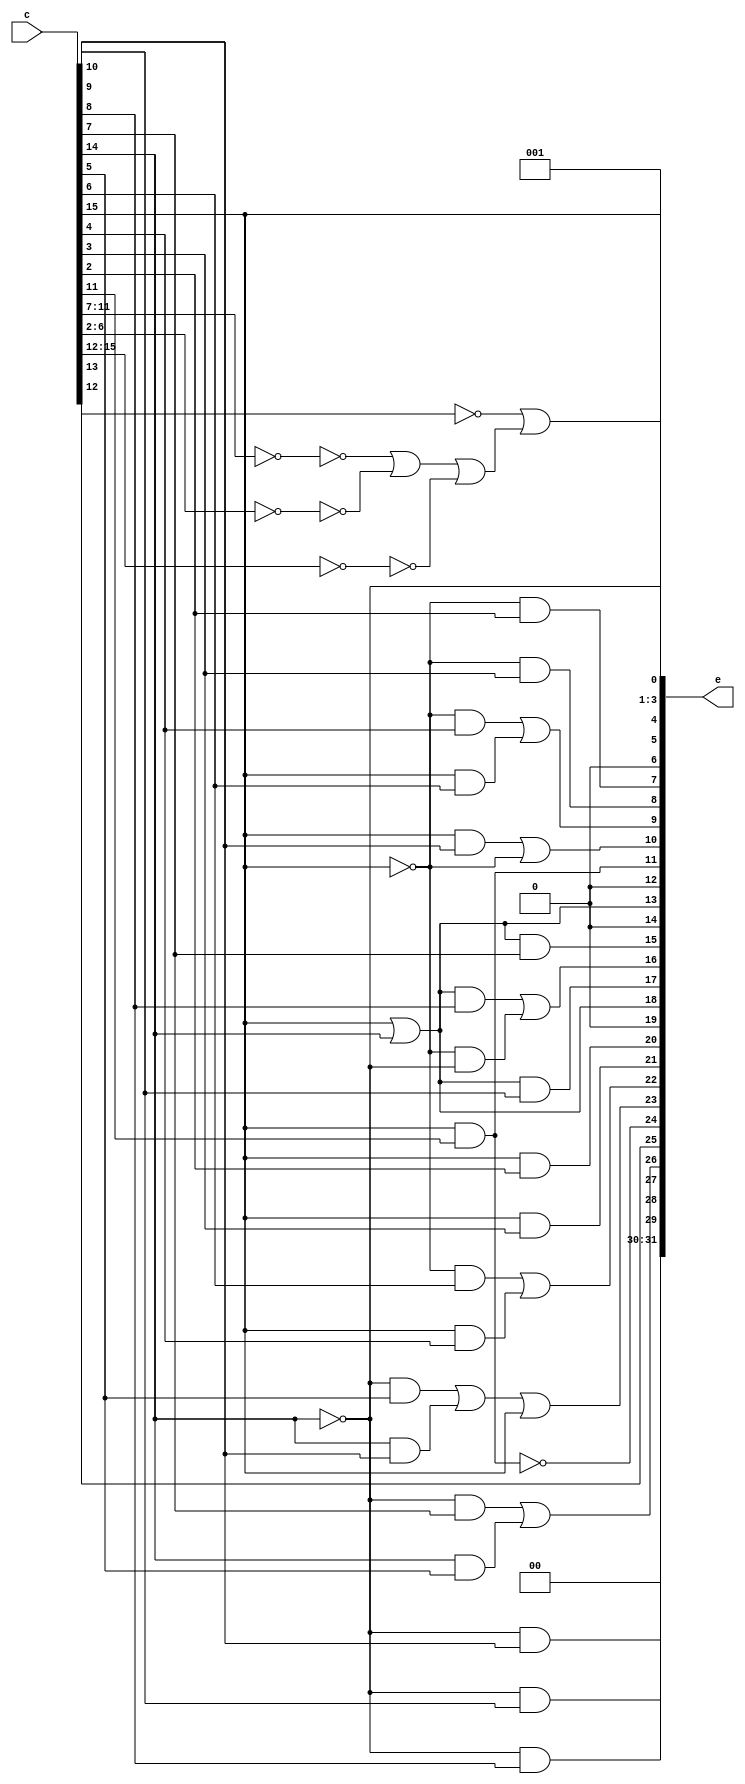
/*
          
Translation from rv32c instruction to rv32i instruction
 I name rd and rs1/rd as D4 D3 D2 D1 D0
 I name rs1 as S4 S3 S2 S1 S0
 I name rs2 as T4 T3 T2 T1 T0
 I name rd' and rs1'/rd' as d2 d1 d0
 I name rs1' as s2 s1 s0
 I name rs2' as t2 t1 t0
 Sign-extended immediates are named as i<x>, with <x> the bit number
 Zero-extended immediates are named as z<x>
 Fixed bits is represented as 0 and 1
   
Quadrant0, naive coding uses 24 LUTs, this is close to optimal. Can shave 3 luts by using carry chains for rs1eq0, rs2eq0 and c15_23eq0.

      
111   
543                     12  11 10  9  8  7  6  5  4  3  2 | 31 30 29 28 27 26 25 24 23 22 21 20 19 18 17 16 15 14 13 12 11 10  9  8  7 6543210      
---                     --  -- -- -- -- -- -- -- -- -- -- | -- -- -- -- -- -- -- -- -- -- -- -- -- -- -- -- -- -- -- -- -- -- -- -- -- -------
000        C.ADDI4SPN   z5  z4 z9 z8 z7 z6 z2 z3 d2 d1 d0 |  0  0 10  9  8  7 12 11  5  6  0  0  0  0  0  1  0  0  0  0  0  1  4  3  2 0010011  addi rd',x2,mzuimm[9:2]   
001        C.FLD         x   x  x  x  x  x  x  x  x  x  x |  x  x  x  x  x  x  x  x  x  x  x  x  x  x  x  x  x  x  x  x  x  x  x  x  x xxxxxx0  illegal in midgetv
010        C.LW         z5  z4 z3 s2 s1 s0 z2 z6 d2 d1 d0 |  0  0  0  0  0  5 12 11 10  6  0  0  0  1  9  8  7  0  1  0  0  1  4  3  2 0000011  lw rd',offset[6:2](rs1')
011        C.FLW         x   x  x  x  x  x  x  x  x  x  x |  x  x  x  x  x  x  x  x  x  x  x  x  x  x  x  x  x  x  x  x  x  x  x  x  x xxxxxx0  illegal in midgetv
100        reserved      x   x  x  x  x  x  x  x  x  x  x |  x  x  x  x  x  x  x  x  x  x  x  x  x  x  x  x  x  x  x  x  x  x  x  x  x xxxxxxx  don't care in midgetv
101        C.FSD         x   x  x  x  x  x  x  x  x  x  x |  x  x  x  x  x  x  x  x  x  x  x  x  x  x  x  x  x  x  x  x  x  x  x  x  x xxxxxx0  illegal in midgetv
110        C.SW         z5  z4 z3 s2 s1 s0 z2 z6 t2 t1 t0 |  0  0  0  0  0  5 12  0  1  4  3  2  0  1  9  8  7  0  1  0 11 10  6  0  0 0100011  sw rs2',offset[6:2](rs1') 
111        C.FSW         x   x  x  x  x  x  x  x  x  x  x |  x  x  x  x  x  x  x  x  x  x  x  x  x  x  x  x  x  x  x  x  x  x  x  x  x xxxxxx0  illegal in midgetv

*/
module m_decompress2
  (  
   input [15:0]  c, //   Compressed instruction
   output [31:0] e //   Expanded result
   );

   wire [31:0]   q0e;
   wire         rs1eq0,rs1eq2,rs2eq0,c15_23eq0, hC_EBREAK;
   assign rs1eq0 = c[11:7] == 5'b00000;
   assign rs1eq2 = c[11:7] == 5'b00010;
   assign rs2eq0 = c[ 6:2] == 5'b00000;
   assign c15_23eq0 = c[15:12] == 4'b0000;

   /* A number of outputs are constant
    */
   assign { q0e[31],q0e[30],q0e[19],q0e[14],q0e[12],q0e[ 6],q0e[ 3],q0e[ 2],q0e[ 1]} = 9'h001;
   /* Very simple outputs
    */
   assign q0e[25] = c[12];
   assign q0e[ 5] = c[15];
   assign q0e[13] = q0e[18];   
   assign q0e[ 4] = ~c[14];
   assign q0e[24] = ~q0e[11];
   /*  These outputs only require 1 SB_LUT4 each
    */ 
   assign q0e[29] = ~c[14]&c[10];
   assign q0e[28] = ~c[14]&c[9];
   assign q0e[27] = ~c[14]&c[8];
   assign q0e[26] = (~c[14]&c[7]) | (c[14]&c[5]);
   assign q0e[23] = (~c[14]&c[5]) | (c[14]&c[10]) | c[15];
   assign q0e[22] = (~c[15]&c[6]) | (c[15]&c[4]);
   assign q0e[21] = c[15]&c[3];
   assign q0e[20] = c[15]&c[2];
   assign q0e[18] = c[15]|c[14];
   assign q0e[17] = (c[15]|c[14])&c[9];
   assign q0e[16] = ((c[15]|c[14])&c[8]) | (~c[15]&~c[14]);
   assign q0e[15] = (c[15]|c[14])&c[7];
   assign q0e[11] = c[15]&c[11];
   assign q0e[10] = (c[15]&c[10]) | ~c[15];
   assign q0e[ 9] = (~c[15]&c[4]) | (c[15]&c[6]);
   assign q0e[ 8] = ~c[15]&c[3];
   assign q0e[ 7] = ~c[15]&c[2];
   assign q0e[ 0] = ~c[13]  | (~rs1eq0 | ~rs2eq0 | ~c15_23eq0); // To trigger illegal instr
   
   assign e = q0e;

endmodule

/*   
Quadrant1
        c[11:7]==5'h2
11111   | 
5431065 |               12  11 10  9  8  7  6  5  4  3  2 | 31 30 29 28 27 26 25 24 23 22 21 20 19 18 17 16 15 14 13 12 11 10  9  8  7 6543210      
---|||| |               --  -- -- -- -- -- -- -- -- -- -- | -- -- -- -- -- -- -- -- -- -- -- -- -- -- -- -- -- -- -- -- -- -- -- -- -- -------
000     x  C.ADDI/C.NOP i5  D4 D3 D2 D1 D0 i4 i3 i2 i1 i0 | 12 12 12 12 12 12 12  6  5  4  3  2 11 10  9  8  7  0  0  0 11 10  9  8  7 0010011  addi rd,rd,nzimm[5:0] 
001     x  C.JAL        ib  i4 i9 i8 ia i6 i7 i3 i2 i1 i5 | 12  8 10  9  6  7  2 11  5  4  3 12 12 12 12 12 12 12 12 12  0  0  0  0  1 1101111  jal x1, offset[11:1]       
010     x  C.LI         i5  D4 D3 D2 D1 D0 i4 i3 i2 i1 i0 | 12 12 12 12 12 12 12  6  5  4  3  2  0  0  0  0  0  0  0  0 11 10  9  8  7 0010011  addi rd,x0,imm[5:0] 
011     0  C.LUI        ih  D4 D3 D2 D1 D0 ig if ie id ic | 12 12 12 12 12 12 12 12 12 12 12 12 12 12 12  6  5  4  3  2 11 10  9  8  7 0110111  lui rd,nzimm[17:12].  
011     1  C.ADDI16SP   i9   0  0  0  1  0 i4 i6 i8 i7 i5 | 12 12 12  4  3  5  2  6  0  0  0  0  0  0  0  1  0  0  0  0  0  0  0  1  0 0010011  addi x2,x2,nzimm[9:4] 
10000   x  C.SRLI        x   0  0 d2 d1 d0 z4 z3 z2 z1 z0 |  0  1  0  0  0  0  0  6  5  4  3  2  0  1  9  8  7  1  0  1  0  1  9  8  7 0010011  srli rd',rd',shamt[5:0]                               
10001   0  C.SRAI        x   0  1 d2 d1 d0 z4 z3 z2 z1 z0 |  0  1  0  0  0  0  0  6  5  4  3  2  0  1  9  8  7  1  0  1  0  1  9  8  7 0010011  srai rd',rd',shamt[5:0]
10010   0  C.ANDI       i5   1  0 d2 d1 d0 i4 i3 i2 i1 i0 | 12 12 12 12 12 12 12  6  5  4  3  2  0  1  9  8  7  1  1  1  0  1  9  8  7 0010011  andi rd',rd',imm[5:0]
10011   0  reserved      1   1  1  x  x  x  x  x  x  x  x |  x  x  x  x  x  x  x  x  x  x  x  x  x  x  x  x  x  x  x  x  x  x  x  x  x xxxxxxx  
1001100 0  C.SUB         0   1  1 d2 d1 d0  0  0 t2 t1 t0 |  0  1  0  0  0  0  0  0  1  4  3  2  0  1  9  8  7  0  0  0  0  1  9  8  7 0110011  sub rd',rd',rs2'
1001101 0  C.XOR         0   1  1 d2 d1 d0  0  1 t2 t1 t0 |  0  0  0  0  0  0  0  0  1  4  3  2  0  1  9  8  7  1  0  0  0  1  9  8  7 0110011  xor rd',rd',rs2'
1001110 0  C.OR          0   1  1 d2 d1 d0  1  0 t2 t1 t0 |  0  0  0  0  0  0  0  0  1  4  3  2  0  1  9  8  7  1  1  0  0  1  9  8  7 0110011  or rd',rd'rs2'
1001111 0  C.AND         0   1  1 d2 d1 d0  1  1 t2 t1 t0 |  0  0  0  0  0  0  0  0  1  4  3  2  0  1  9  8  7  1  1  1  0  1  9  8  7 0110011  and rd',rd',rs2'
101     x  C.J          ib  i4 i9 i8 ia i6 i7 i3 i2 i1 i5 | 12  8 10  9  6  7  2 11  5  4  3 12 12 12 12 12 12 12 12 12  0  0  0  0  0 1101111  jal x0, offset[11:1]
110     x  C.BEQZ       i8  i4 i3 s2 s1 s0 i7 i6 i2 i1 i5 | 12 12 12 12  6  5  2  0  0  0  0  0  0  1  9  8  7  0  0  0 11 10  4  3 12 1100011  beq rs1',x0,offset[8:1]                  
111     x  C.BNEZ       i8  i4 i3 s2 s1 s0 i7 i6 i2 i1 i5 | 12 12 12 12  6  5  2  0  0  0  0  0  0  1  9  8  7  0  0  1 11 10  4  3 12 1100011  bne rs1',x0,offset[8:1]                  

Quadrant2
    c[11:7]==5'h0
1111|c[6:2]==5'h0
5432||                  12  11 10  9  8  7  6  5  4  3  2 | 31 30 29 28 27 26 25 24 23 22 21 20 19 18 17 16 15 14 13 12 11 10  9  8  7 6543210      
---|||                  --  -- -- -- -- -- -- -- -- -- -- | -- -- -- -- -- -- -- -- -- -- -- -- -- -- -- -- -- -- -- -- -- -- -- -- -- -------
000xxx     C.SLLI        x  D4 D3 D2 D1 D0 z4 z3 z2 z1 z0 |  0  0  0  0  0  0  0  6  5  4  3  2 11 10  9  8  7  0  0  1 11 10  9  8  7 0010011  slli rd,rd,shamt[5:0] 
001xxx     C.FLDSP       x   x  x  x  x  x  x  x  x  x  x |  x  x  x  x  x  x  x  x  x  x  x  x  x  x  x  x  x  x  x  x  x  x  x  x  x xxxxxx0  illegal in midgetv
010xxx     C.LWSP       z5  D4 D3 D2 D1 D0 z4 z3 z2 z7 z6 |  0  0  0  0  3  2 12  6  5  4  0  0  0  0  0  1  0  0  1  0 11 10  9  8  7 0000011  lw rd,offset[7:2](x2) 
011xxx     C.FLWSP       x   x  x  x  x  x  x  x  x  x  x |  x  x  x  x  x  x  x  x  x  x  x  x  x  x  x  x  x  x  x  x  x  x  x  x  x xxxxxx0  illegal in midgetv
1000x0     C.MV          0  D4 D3 D2 D1 D0 T4 T3 T2 T1 T0 |  0  0  0  0  0  0  0  6  5  4  3  2  0  0  0  0  0  0  0  0 11 10  9  8  7 0110011  add rd,rd,rs2          
1000x1     C.JR          0  S4 S3 S2 S1 S0  0  0  0  0  0 |  0  0  0  0  0  0  0  0  0  0  0  0 11 10  9  8  7  0  0  0  0  0  0  0  0 1100111  jalr x0,0(rs1)                  rs1 != 0
100101     C.JALR        l  S4 S3 S2 S1 S0  0  0  0  0  0 |  0  0  0  0  0  0  0  0  0  0  0  0 11 10  9  8  7  0  0  0  0  0  0  0  1 1100111  jalr x1,0(rs1)                  rs1 != 0
100111     C.EBREAK      l   0  0  0  0  0  0  0  0  0  0 |  0  0  0  0  0  0  0  0  0  0  0  1  0  0  0  0  0  0  0  0  0  0  0  0  0 1110011  ebreak
1001x0     C.ADD         l  D4 D3 D2 D1 D0 T4 T3 T2 T1 T0 |  0  0  0  0  0  0  0  6  5  4  3  2 11 10  9  8  7  0  0  0 11 10  9  8  7 0110011  add rd,rd,rs2                   rs2 != 0
101xxx     C.FSDSP       x   x  x  x  x  x  x  x  x  x  x |  x  x  x  x  x  x  x  x  x  x  x  x  x  x  x  x  x  x  x  x  x  x  x  x  x xxxxxx0  illegal
110xxx     C.SWSP       z5  z4 z3 z2 z7 z6 T4 T3 T2 T1 T0 |  0  0  0  0  8  7 12  6  5  4  3  2  0  0  0  1  0  0  1  0 11 10  9  0  0 0100011  sw rs2,offset[7:2](x2)
111xxx     C.FSWSP       x   x  x  x  x  x  x  x  x  x  x |  x  x  x  x  x  x  x  x  x  x  x  x  x  x  x  x  x  x  x  x  x  x  x  x  x xxxxxx0  illegal

 
Destinations:                           
 31 : 20,  0               
 30 : 12,  8, 1, 0         
 29 : 12, 10, 0            
 28 : 12,  9, 4, 0         
 27 : 12,  8, 6, 3, 0      
 26 : 12,  7, 5, 2, 0      
 25 : 12,  2, 0            
 24 : 12, 11, 6, 0         
 23 : 12, 10, 5, 1, 0      
 22 : 12,  6, 4, 0         
 21 : 12,  3, 0            
 20 : 12,  2, 1, 0         
 19 : 12, 11, 0            
 18 : 12, 10, 1, 0         
 17 : 12,  9, 0            
 16 : 12,  8, 6, 1, 0      
 15 : 12,  7, 5, 0         
 14 : 12,  4, 1, 0         
 13 : 12,  3, 1, 0         
 12 : 12,  2, 1, 0         
 11 : 11,  0               
 10 : 10,  1, 0            
  9 :  9,  6, 4, 0         
  8 :  8,  3, 1, 0        
  7 : 12,  7, 2, 1, 0        
                            
*/